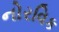
નોરવિક